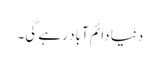
دنیا دائم آباد رہے گی۔